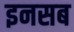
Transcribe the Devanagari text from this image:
इनसब